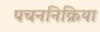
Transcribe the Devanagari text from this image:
पचननिक्रिया